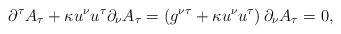
LaTeX: \begin{align*}\partial^{\tau}A_{\tau}+\kappa u^{\nu}u^{\tau}\partial_{\nu}A_{\tau}=\left(g^{\nu\tau}+\kappa u^{\nu}u^{\tau}\right) \partial_{\nu}A_{\tau}=0,\end{align*}